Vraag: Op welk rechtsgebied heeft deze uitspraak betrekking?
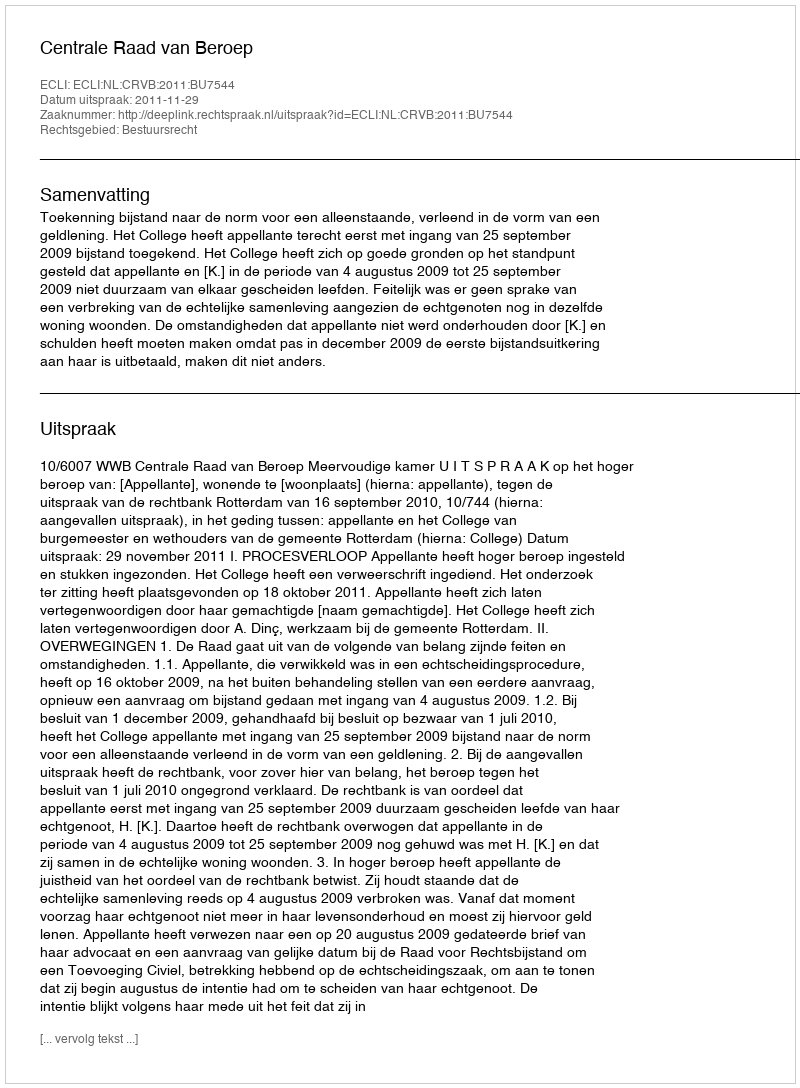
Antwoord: Bestuursrecht